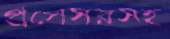
প্রসেসরসহ